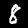
Label: 8